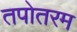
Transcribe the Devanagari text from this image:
तपोतरम